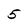
Character: 5